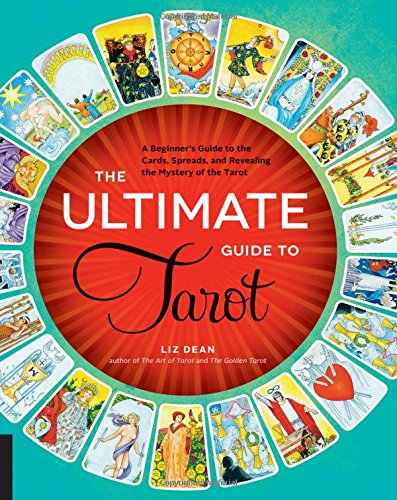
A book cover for The Ultimate Guide to Tarot: A Beginner's Guide to the Cards, Spreads, and Revealing the Mystery of the Tarot; Liz Dean; Religion & Spirituality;